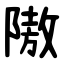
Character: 隞